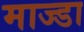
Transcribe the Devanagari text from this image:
माज्डा